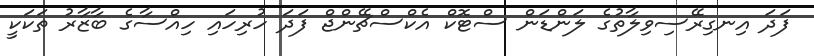
ފަދަ އިނގިރޭސިވިލާތުގެ ލަންޑަން ސްޓޮކް އެކްސްޗޭންޖް ފަދަ ހުރިހައި ހިއްސާގެ ބާޒާރު ތަކަކީ